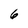
Character: 6